Indian journal of veterinary science and animal husbandry - Volumes 18-21, 1948-1951
Year: 1948
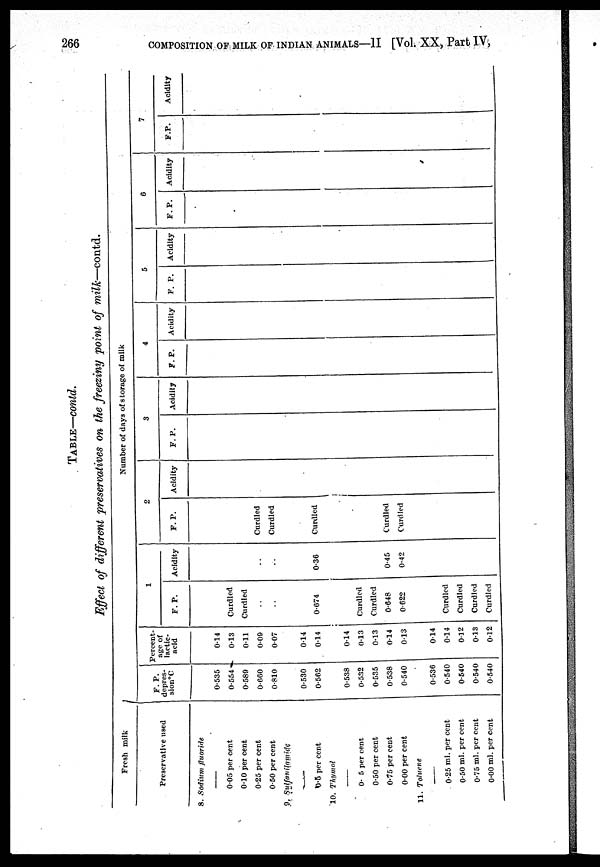
266 COMPOSITION OF MILK OR INDIAN ANIMALS—II [Vol. XX, Part IV,
TABLE—contd.
Effect of different preservatives on the freezing point of milk—contd.
Fresh milk
Preservative used
8. Sodium fluoride
—
0.05 per cent
0.10 per cent
0.25 per cent
0.50 per cent
9. Sulfanilamide
0.5 per cent
10. Thymol
—
0.5 per cent
0.50 per cent
0.75 per cent
0.00 per cent
11. Toluene
—
0.25 ml. per cent
0.50 ml. per cent
0.75 ml. per cent
0.00 ml. per cent
Number of days of storage of milk
F. P.
depres¬
sionºC
0.535
0.554
0.589
0.660
0.810
0.530
0.562
0.538
0.532
0.535
0.538
0.540
0.536
0.540
0.540
0.540
0.540
Percent-
age of
lactic¬
acid
0.14
0.13
0.11
0.09
0.07
0.14
0.14
0.14
0.13
0.13
0.14
0.13
0.14
0.14
0.12
0.13
0.12
1
F. P.
Curdled
Curdled
..
..
0.674
Curdled
Curdled
0.648
0.622
Curdled
Curdled
Curdled
Curdled
Acidity
..
..
0.36
0.45
0.42
2
F. P.
Curdled
Curdled
Curdled
Curdled
Curdled
Acidity
3
F. P.
Acidity
4
F. P.
Acidity
5
F. P.
Acidity
6
F. P.
Acidity
7
F.P.
Acidity